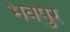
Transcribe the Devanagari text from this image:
भवपुर